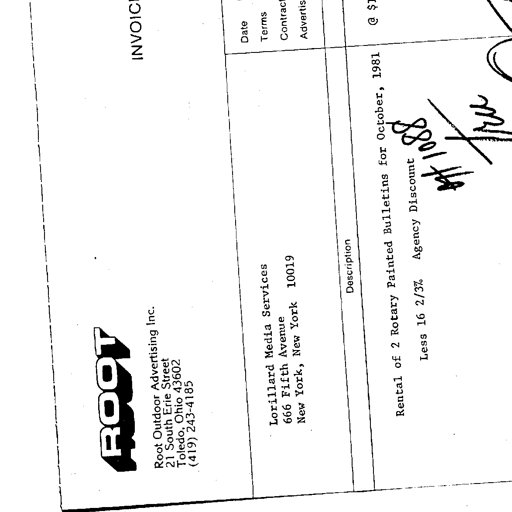
ROOT
INVOICE
Root Outdoor Advertising Inc.
21 South Erie Street
Toledo, Ohio 43602
(419) 243-4185
Date
Terms
Contract
Advertis
Lorillard Media Services
666 Fifth Avenue
New York, New York 10019
Description
@ $
Rental of 2 Rotary Painted Bulletins for October, 1981
Less 16 2/3% Agency Discount #1088